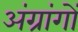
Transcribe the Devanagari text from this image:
अंग्रांगों